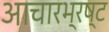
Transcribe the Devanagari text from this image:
आचारभ्रष्ट